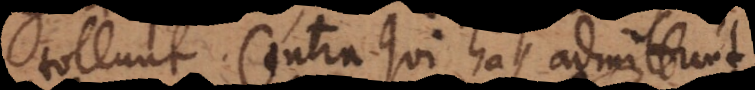
tollunt. Contra qui has admittunt,